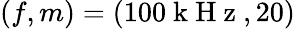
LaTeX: (f,m)=(100\mathrm{~k~H~z~},20)